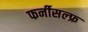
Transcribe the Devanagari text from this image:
फर्नीसल्फ्र